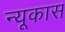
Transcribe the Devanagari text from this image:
न्यूकास